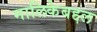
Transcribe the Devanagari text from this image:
मालिकेबद्दल